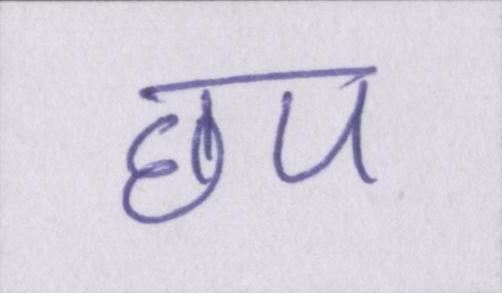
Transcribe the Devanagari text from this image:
छप